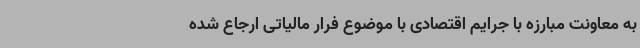
به معاونت مبارزه با جرایم اقتصادی با موضوع فرار مالیاتی ارجاع شده